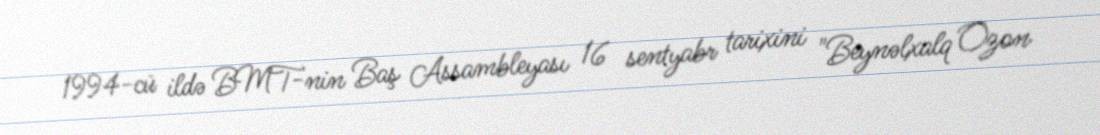
1994-cü ildə BMT-nin Baş Assambleyası 16 sentyabr tarixini "Beynəlxalq Ozon